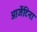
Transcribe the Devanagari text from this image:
आर्जेंटिना